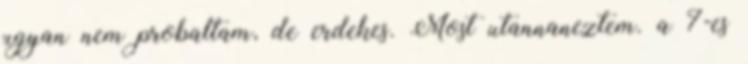
ugyan nem probaltam, de erdekes. Most utannaneztem. a 7-es